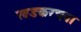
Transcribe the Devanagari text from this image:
खडकरचना